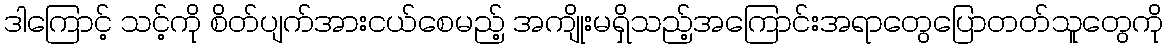
ဒါကြောင့် သင့်ကို စိတ်ပျက်အားငယ်စေမည့် အကျိုးမရှိသည့်အကြောင်းအရာတွေပြောတတ်သူတွေကို